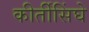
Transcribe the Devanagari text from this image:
कीर्तीसिंघे